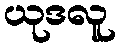
ယုဒလူ